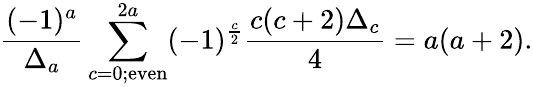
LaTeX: {\frac{(-1)^{a}}{\Delta_{a}}}\sum_{c=0;\mathrm{even}}^{2a}(-1)^{\frac{c}{2}}{\frac{c(c+2)\Delta_{c}}{4}}=a(a+2).